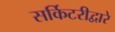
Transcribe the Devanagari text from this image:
सर्किटरीद्वारे